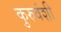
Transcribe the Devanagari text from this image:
कुरुवंशी